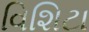
વિશિટા